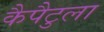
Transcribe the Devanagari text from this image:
कैपैटुला